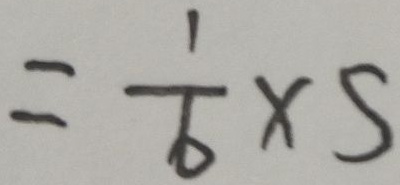
= \frac { 1 } { 6 } \times 5